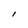
Character: I